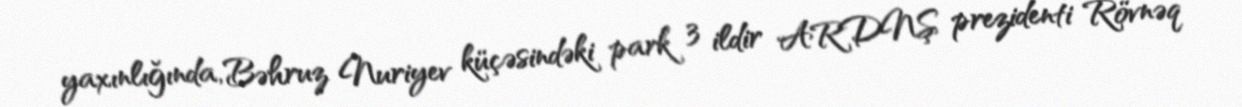
yaxınlığında, Bəhruz Nuriyev küçəsindəki park 3 ildir ARDNŞ prezidenti Rövnəq